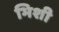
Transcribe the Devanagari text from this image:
भिशी